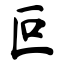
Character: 叵